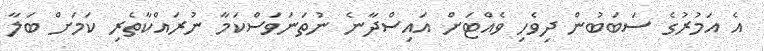
އެ އަމުރުގެ ސަބަބުން ދިވެހި ވެއްޓަށް އައިސްދާނެ ނުތަނަވަސްކަމާ ނުރައްކާތެރި ކަމަށް ބަލާ